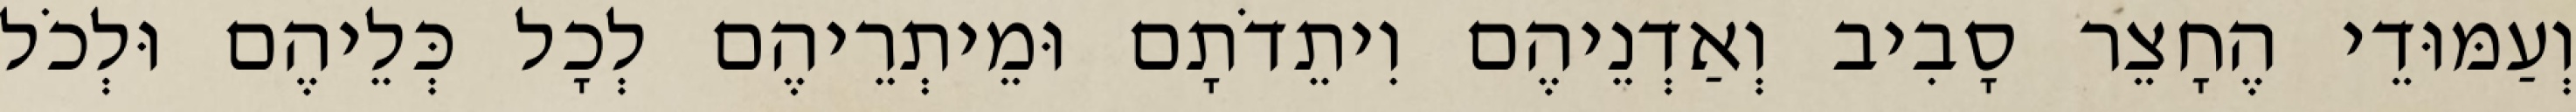
וְעַמּוּדֵי הֶחָצֵר סָבִיב וְאַדְנֵיהֶם וִיתֵדֹתָם וּמֵיתְרֵיהֶם לְכָל כְּלֵיהֶם וּלְכֹל